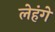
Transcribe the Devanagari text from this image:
लेहंगे